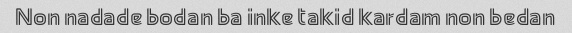
Non nadade bodan ba inke takid kardam non bedan